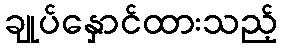
ချုပ်နှောင်ထားသည့်